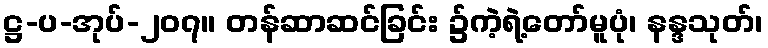
ဋ္ဌ-ပ-အုပ်-၂၀၇။ တန်ဆာဆင်ခြင်း ၌ကဲ့ရဲ့တော်မူပုံ၊ နန္ဒသုတ်၊